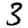
Digit: 3